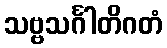
သဗ္ဗသင်္ဂါတိဂတံ